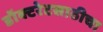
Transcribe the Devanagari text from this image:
डॉक्टरेटसाठीचा